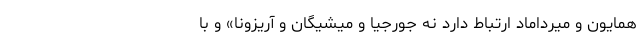
همایون و میرداماد ارتباط دارد نه جورجیا و میشیگان و آریزونا» و با